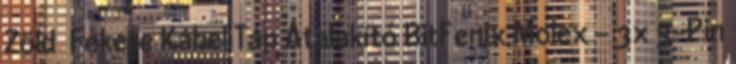
Zöld Fekete Kábel Táp Átalakító BitFenix Molex - 3x 3-Pin